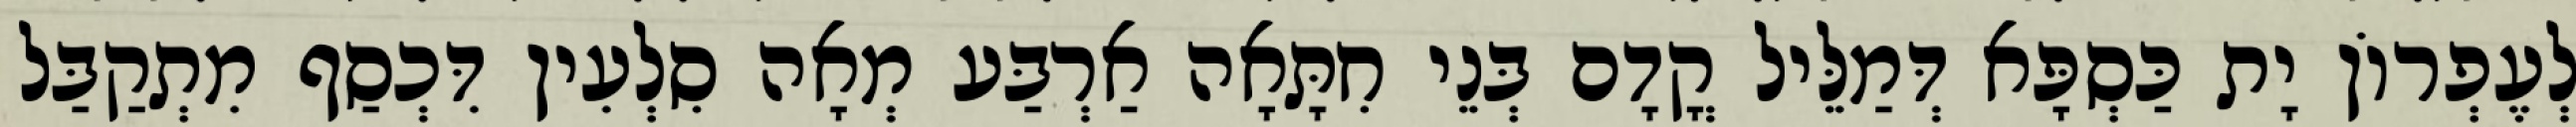
לְעֶפְרוֹן יָת כַּסְפָּא דְּמַלֵּיל קֳדָם בְּנֵי חִתָּאָה אַרְבַּע מְאָה סִלְעִין דִּכְסַף מִתְקַבַּל